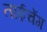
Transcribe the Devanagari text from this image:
ताईचेंग